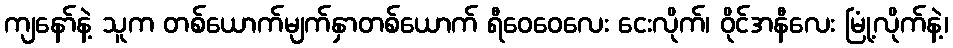
ကျနော်နဲ့ သူက တစ်ယောက်မျက်နှာတစ်ယောက် ရီဝေဝေလေး ငေးလိုက်၊ ဝိုင်အနီလေး မြုံ့လိုက်နဲ့၊